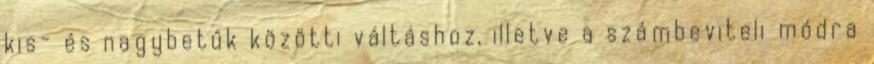
kis- és nagybetűk közötti váltáshoz, illetve a számbeviteli módra